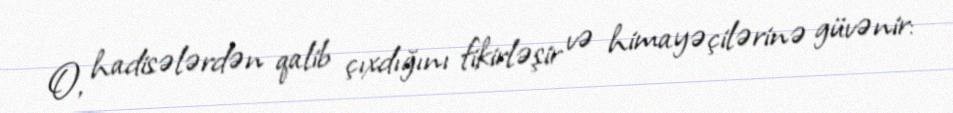
O, hadisələrdən qalib çıxdığını fikirləşir və himayəçilərinə güvənir: